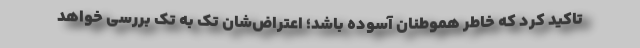
تاکید کرد که خاطر هموطنان آسوده باشد؛ اعتراض‌شان تک به تک بررسی خواهد